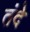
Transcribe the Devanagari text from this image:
तंदे